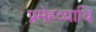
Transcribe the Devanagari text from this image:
प्रमेहव्याधि